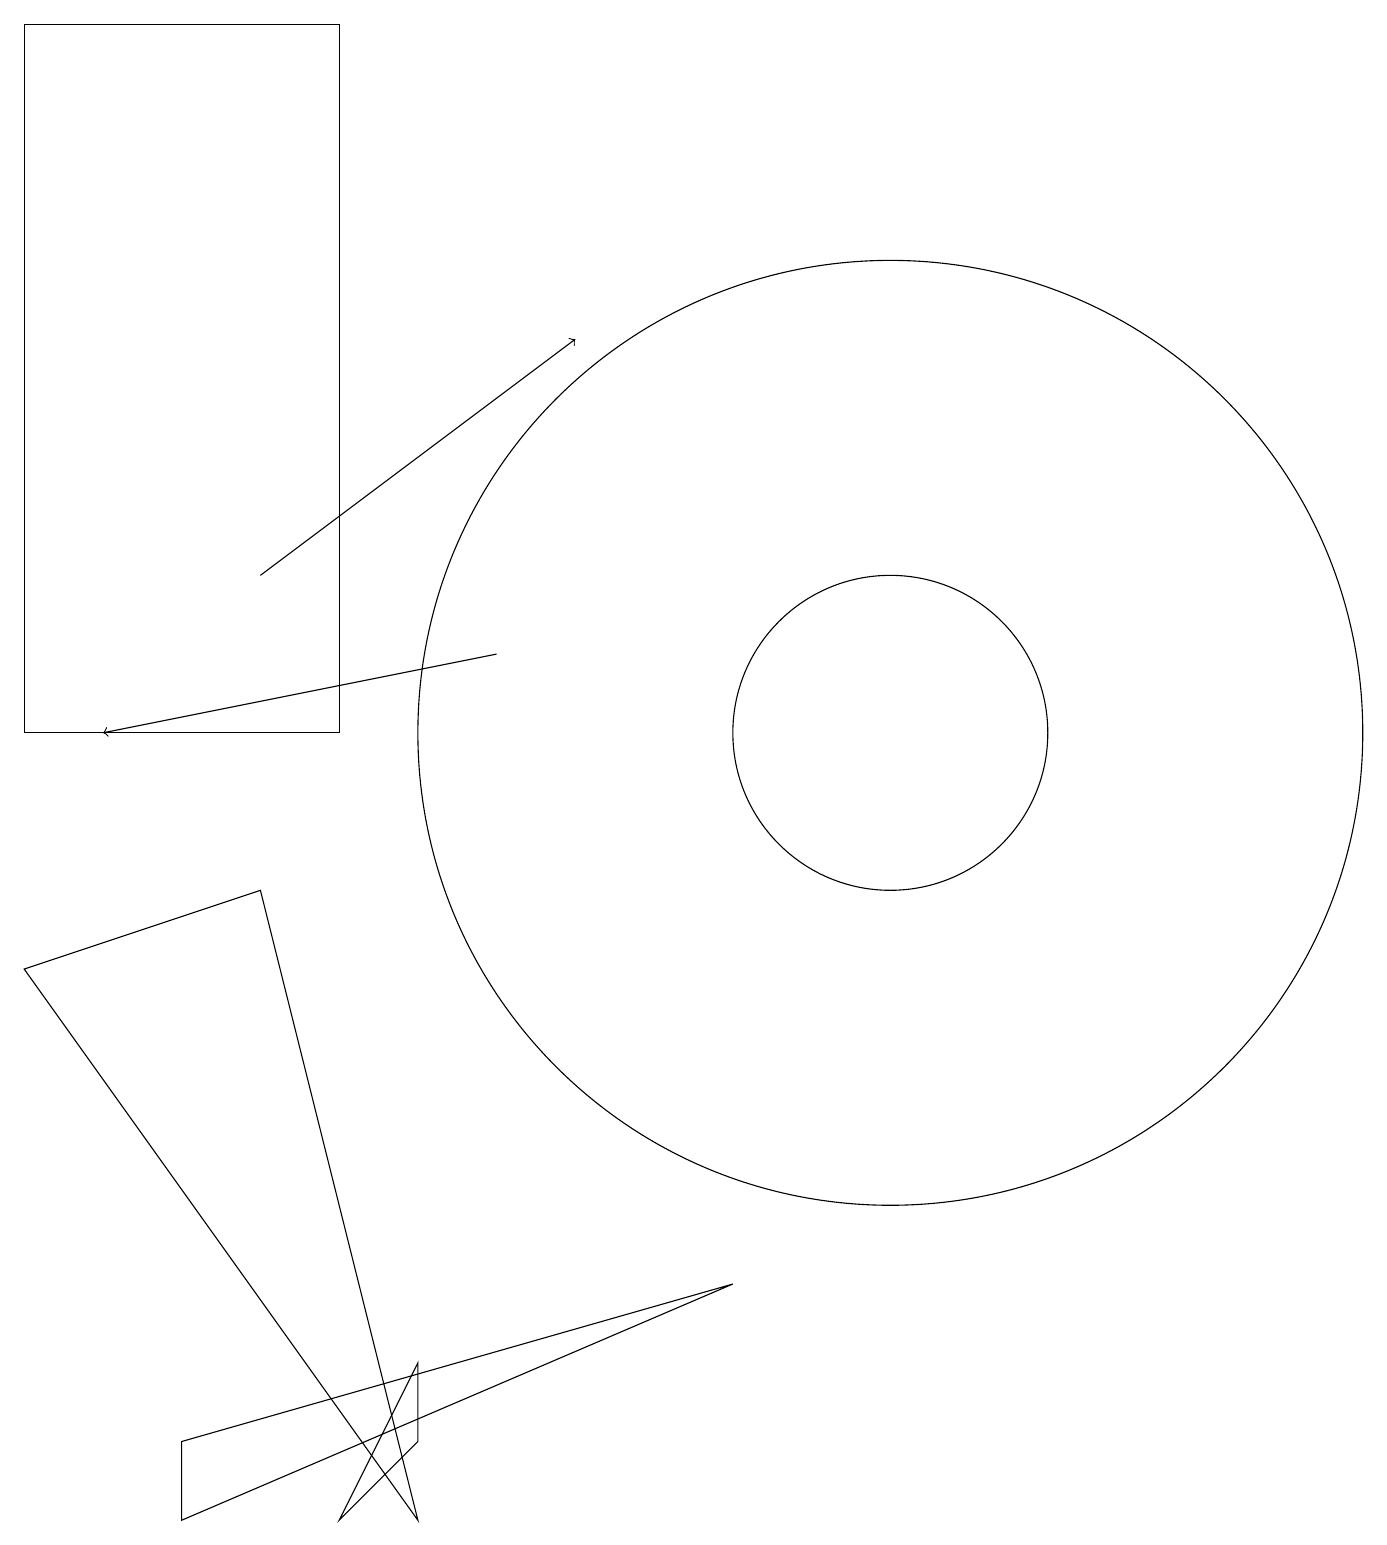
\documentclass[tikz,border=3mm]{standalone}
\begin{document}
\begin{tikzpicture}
\draw[->] (3,12) -- (7,15);
\draw (9,3) -- (2,1) -- (2,0) -- cycle;
\draw (5,2) -- (5,1) -- (4,0) -- cycle;
\draw (3,8) -- (5,0) -- (0,7) -- cycle;
\draw (11,10) circle (6);
\draw[->] (6,11) -- (1,10);
\draw (4,10) rectangle (0,19);
\draw (11,10) circle (2);
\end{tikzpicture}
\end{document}